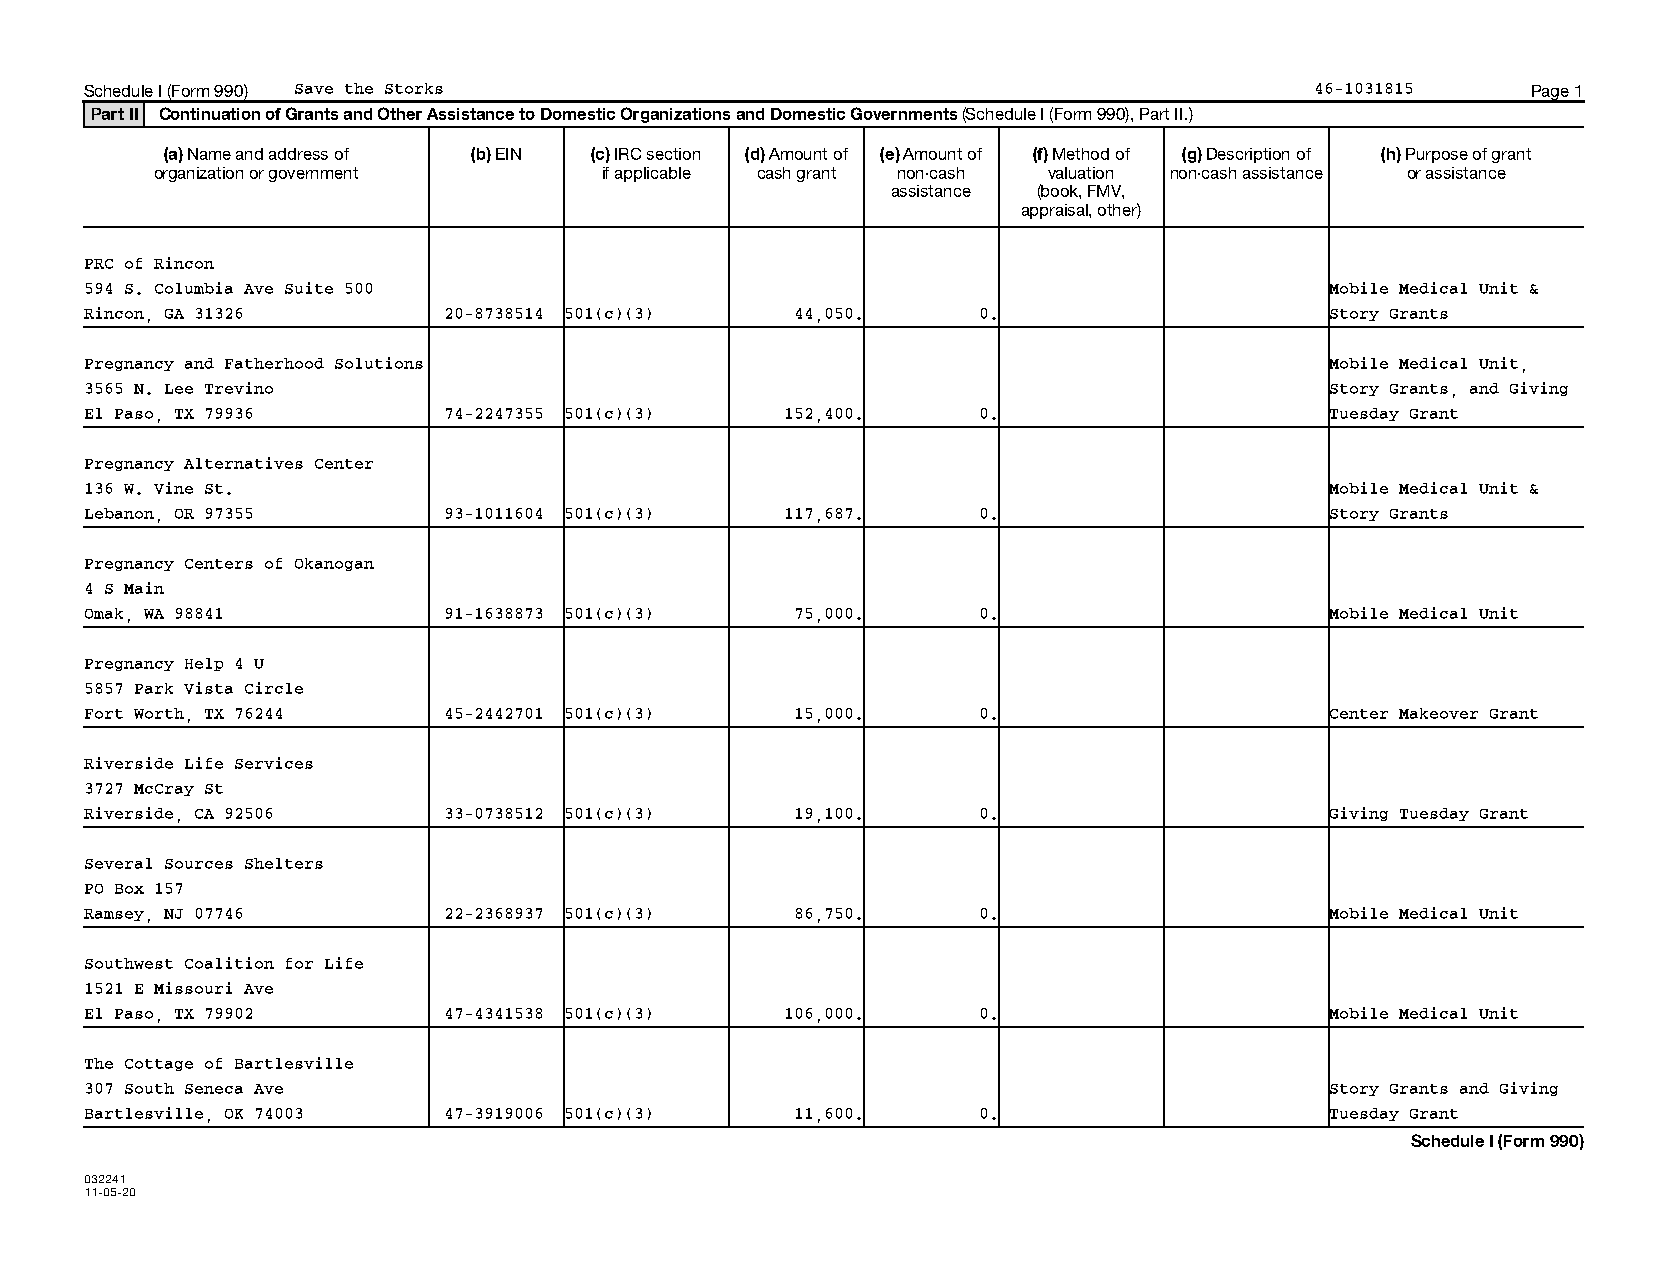
Schedule I (Form 990) Save the Storks                                            46-1031815    Page 1
 Part II Continuation of Grants and Other Assistance to Domestic Organizations and Domestic Governments (Schedule I (Form 990), Part II.)
 (a) Name and address of (b) EIN (c) IRC section (d) Amount of (e) Amount of (f) Method of (g) Description of (h) Purpose of grant
 organization or government    if applicable cash grant non-cash valuation non-cash assistance or assistance
 assistance (book, FMV,
 appraisal, other)
 PRC of Rincon
 594 S. Columbia Ave Suite 500                                                     Mobile Medical Unit &
 Rincon, GA 31326       20-8738514 501(c)(3)    44,050.     0.                     Story Grants
 Pregnancy and Fatherhood Solutions                                                Mobile Medical Unit,
 3565 N. Lee Trevino                                                               Story Grants, and Giving
 El Paso, TX 79936      74-2247355 501(c)(3)   152,400.     0.                     Tuesday Grant
 Pregnancy Alternatives Center
 136 W. Vine St.                                                                   Mobile Medical Unit &
 Lebanon, OR 97355      93-1011604 501(c)(3)   117,687.     0.                     Story Grants
 Pregnancy Centers of Okanogan
 4 S Main
 Omak, WA 98841         91-1638873 501(c)(3)    75,000.     0.                     Mobile Medical Unit
 Pregnancy Help 4 U
 5857 Park Vista Circle
 Fort Worth, TX 76244   45-2442701 501(c)(3)    15,000.     0.                     Center Makeover Grant
 Riverside Life Services
 3727 McCray St
 Riverside, CA 92506    33-0738512 501(c)(3)    19,100.     0.                     Giving Tuesday Grant
 Several Sources Shelters
 PO Box 157
 Ramsey, NJ 07746       22-2368937 501(c)(3)    86,750.     0.                     Mobile Medical Unit
 Southwest Coalition for Life
 1521 E Missouri Ave
 El Paso, TX 79902      47-4341538 501(c)(3)   106,000.     0.                     Mobile Medical Unit
 The Cottage of Bartlesville
 307 South Seneca Ave                                                              Story Grants and Giving
 Bartlesville, OK 74003 47-3919006 501(c)(3)    11,600.     0.                     Tuesday Grant
 Schedule I (Form 990)
 032241
 11-05-20